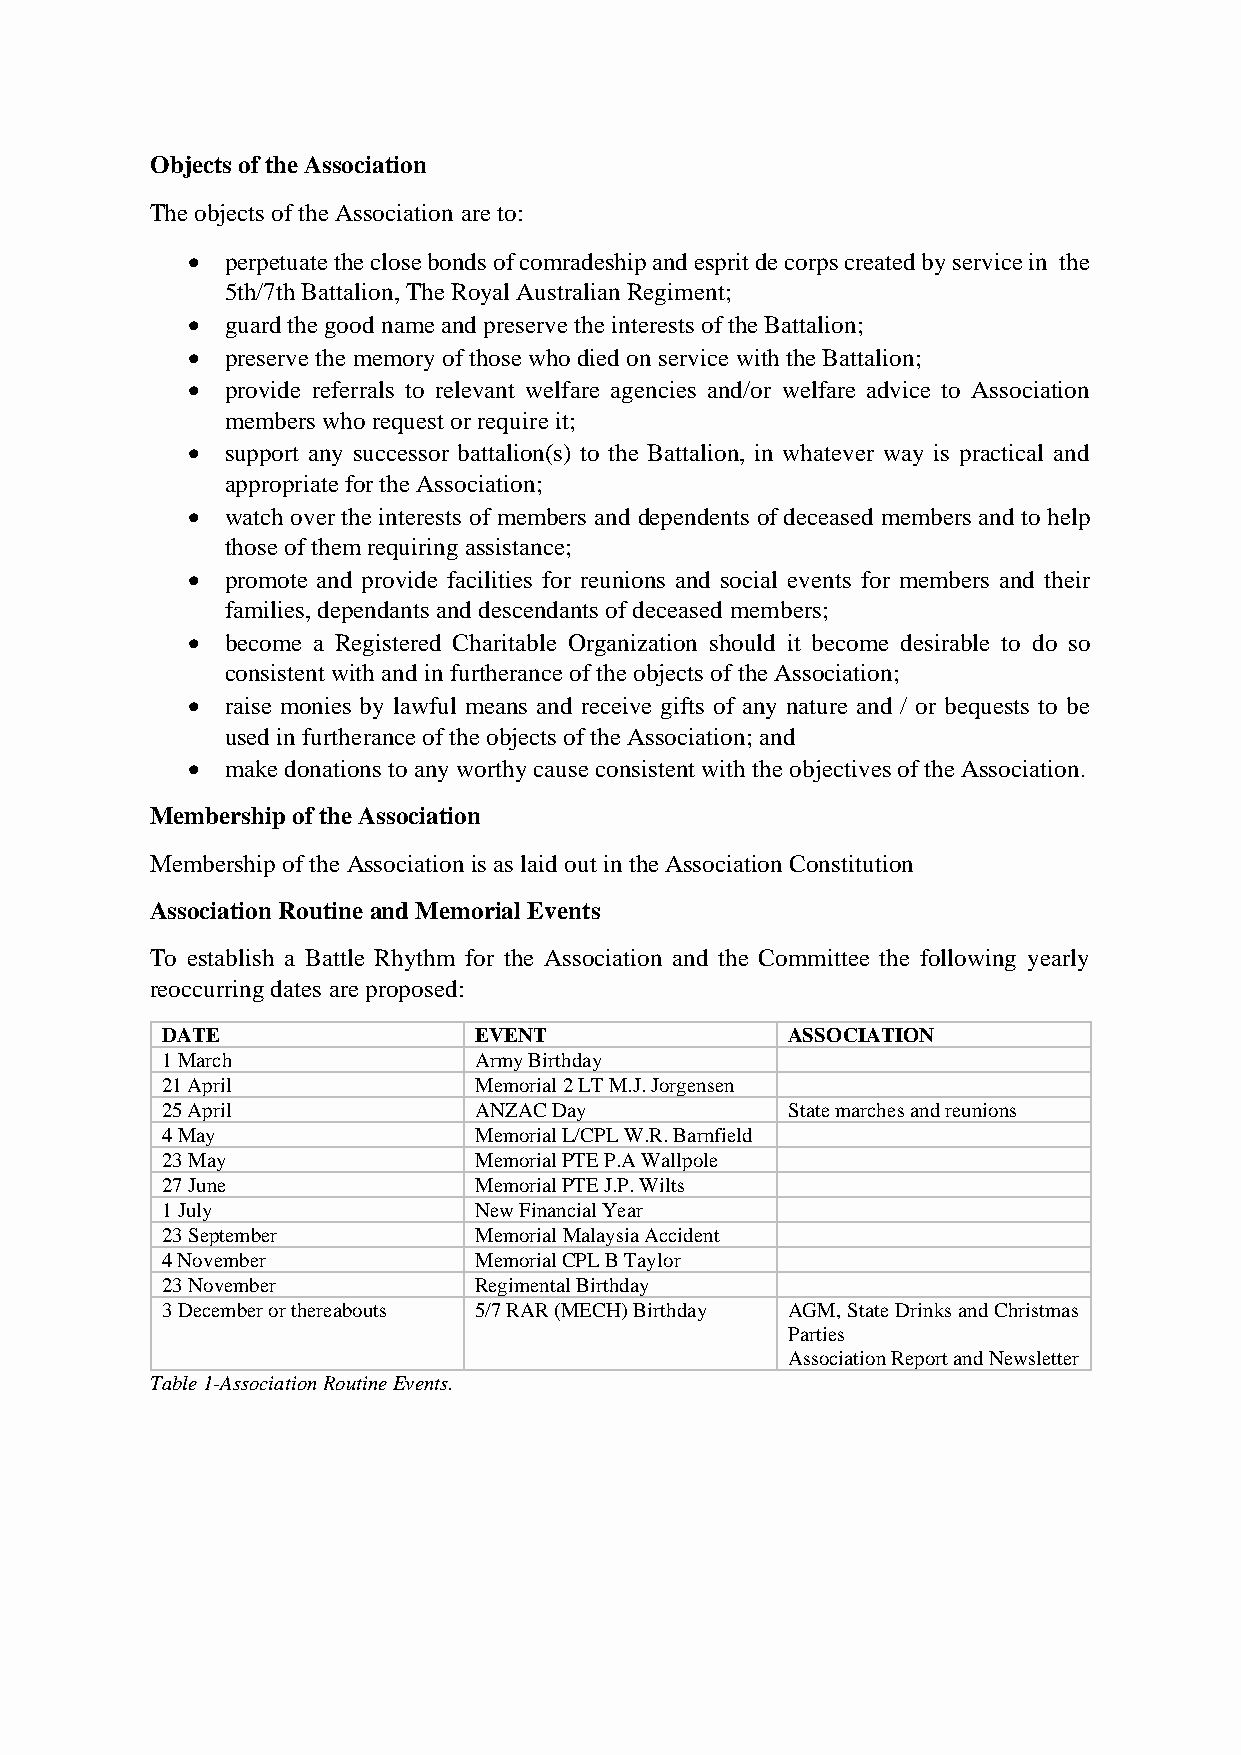
Objects of the Association
 The objects of the Association are to:
 •  perpetuate the close bonds of comradeship and esprit de corps created by service in the
 5th/7th Battalion, The Royal Australian Regiment;
 •  guard the good name and preserve the interests of the Battalion;
 •  preserve the memory of those who died on service with the Battalion;
 •  provide referrals to relevant welfare agencies and/or welfare advice to Association
 members who request or require it;
 •  support any successor battalion(s) to the Battalion, in whatever way is practical and
 appropriate for the Association;
 •  watch over the interests of members and dependents of deceased members and to help
 those of them requiring assistance;
 •  promote and provide facilities for reunions and social events for members and their
 families, dependants and descendants of deceased members;
 •  become a Registered Charitable Organization should it become desirable to do so
 consistent with and in furtherance of the objects of the Association;
 •  raise monies by lawful means and receive gifts of any nature and / or bequests to be
 used in furtherance of the objects of the Association; and
 •  make donations to any worthy cause consistent with the objectives of the Association.
 Membership of the Association
 Membership of the Association is as laid out in the Association Constitution
 Association Routine and Memorial Events
 To establish a Battle Rhythm for the Association and the Committee the following yearly
 reoccurring dates are proposed:
 DATE                EVENT                ASSOCIATION
 1 March             Army Birthday
 21 April            Memorial 2 LT M.J. Jorgensen
 25 April            ANZAC Day            State marches and reunions
 4 May               Memorial L/CPL W.R. Barnfield
 23 May              Memorial PTE P.A Wallpole
 27 June             Memorial PTE J.P. Wilts
 1 July              New Financial Year
 23 September        Memorial Malaysia Accident
 4 November          Memorial CPL B Taylor
 23 November         Regimental Birthday
 3 December or thereabouts 5/7 RAR (MECH) Birthday AGM, State Drinks and Christmas
 Parties
 Association Report and Newsletter
 Table 1-Association Routine Events.